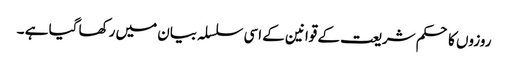
روزوں کا حکم شریعت کے قوانین کے اسی سلسلہ بیان میں رکھا گیا ہے ۔